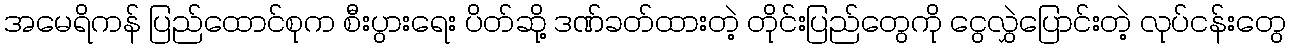
အမေရိကန် ပြည်ထောင်စုက စီးပွားရေး ပိတ်ဆို့ ဒဏ်ခတ်ထားတဲ့ တိုင်းပြည်တွေကို ငွေလွှဲပြောင်းတဲ့ လုပ်ငန်းတွေ